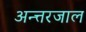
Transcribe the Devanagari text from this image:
अन्त्तरजाल